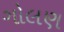
ગોલણ